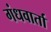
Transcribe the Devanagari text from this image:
गंधवार्ता